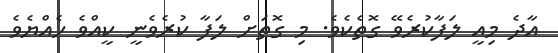
އާދެ މިއީ ލަފާކުރެވޭ ގޮތެކެވެ. މި ގޮތަށް ލަފާ ކުރެވެނީ ކީއްވެ ހެއްޔެވެ